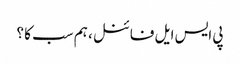
پی ایس ایل فائنل ، ہم سب کا ؟